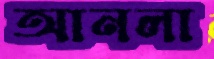
আনলা